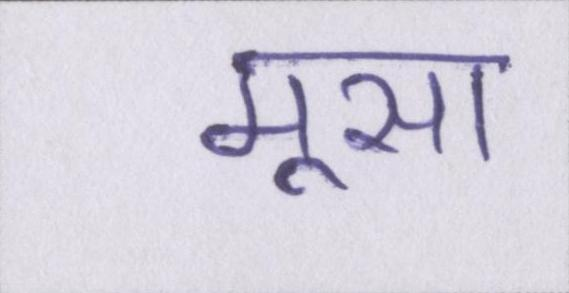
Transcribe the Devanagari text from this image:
मूसा